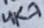
Text: 4K7